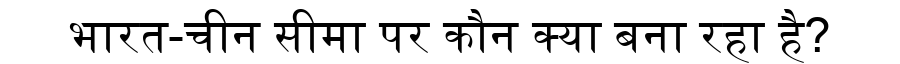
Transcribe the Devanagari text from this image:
भारत-चीन सीमा पर कौन क्या बना रहा है?